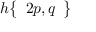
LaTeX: h { \left\{ \begin{array} { l } { 2 p , q } \end{array} \right\} }